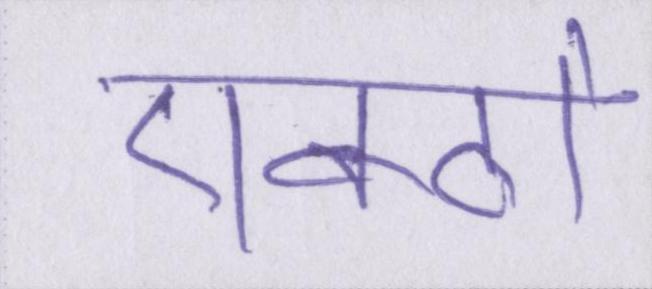
एक्ठो